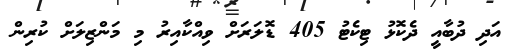
އަދި ދުބާއީ ދެކޮޅު ޓިކެޓު 405 ޑޮލަރަށް ވިއްކާއިރު މި މަންޒިލަށް ކުރިން